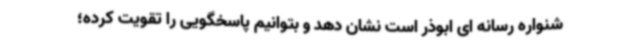
شنواره رسانه ای ابوذر است نشان دهد و بتوانیم پاسخگویی را تقویت کرده؛